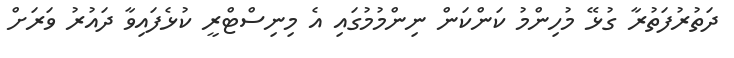
ދަތުރުފަތުރާ ގުޅޭ މުހިންމު ކަންކަން ނިންމުމުގައި އެ މިނިސްޓްރީ ކުޅެފައިވާ ދައުރު ވަރަށް